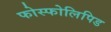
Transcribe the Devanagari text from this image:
फोस्फोलिपिड